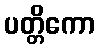
ပတ္တိကော